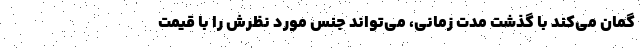
گمان می‌کند با گذشت مدت زمانی، می‌تواند جنس مورد نظرش را با قیمت